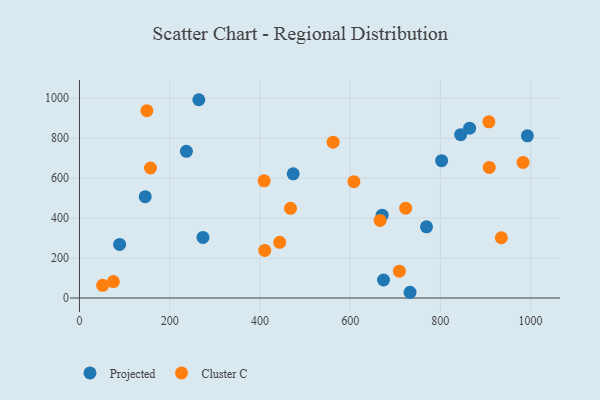
{"axis": {"x": "Study Hours", "y": "Exam Score"}, "legend": ["Cluster C", "Projected"], "data": [{"x": "845.0", "y": 816.8, "type": "Projected"}, {"x": "473.8", "y": 620.9, "type": "Projected"}, {"x": "864.9", "y": 849.3, "type": "Projected"}, {"x": "89.0", "y": 268.1, "type": "Projected"}, {"x": "674.0", "y": 90.0, "type": "Projected"}, {"x": "273.7", "y": 303.0, "type": "Projected"}, {"x": "769.3", "y": 355.8, "type": "Projected"}, {"x": "802.8", "y": 687.0, "type": "Projected"}, {"x": "670.9", "y": 414.1, "type": "Projected"}, {"x": "732.8", "y": 28.7, "type": "Projected"}, {"x": "145.7", "y": 506.6, "type": "Projected"}, {"x": "237.0", "y": 733.5, "type": "Projected"}, {"x": "264.6", "y": 991.7, "type": "Projected"}, {"x": "992.9", "y": 811.2, "type": "Projected"}, {"x": "666.5", "y": 388.0, "type": "Cluster C"}, {"x": "983.3", "y": 678.2, "type": "Cluster C"}, {"x": "149.4", "y": 936.7, "type": "Cluster C"}, {"x": "935.1", "y": 301.4, "type": "Cluster C"}, {"x": "157.4", "y": 650.2, "type": "Cluster C"}, {"x": "907.6", "y": 881.4, "type": "Cluster C"}, {"x": "467.8", "y": 448.6, "type": "Cluster C"}, {"x": "409.3", "y": 586.3, "type": "Cluster C"}, {"x": "608.4", "y": 581.6, "type": "Cluster C"}, {"x": "723.1", "y": 449.2, "type": "Cluster C"}, {"x": "908.3", "y": 653.0, "type": "Cluster C"}, {"x": "51.3", "y": 63.6, "type": "Cluster C"}, {"x": "75.0", "y": 82.4, "type": "Cluster C"}, {"x": "709.2", "y": 134.2, "type": "Cluster C"}, {"x": "410.8", "y": 237.9, "type": "Cluster C"}, {"x": "562.3", "y": 779.3, "type": "Cluster C"}, {"x": "443.8", "y": 278.3, "type": "Cluster C"}]}